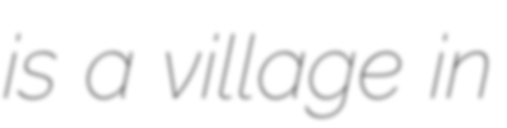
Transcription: is a village in